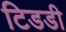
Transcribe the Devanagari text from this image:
टिडडी